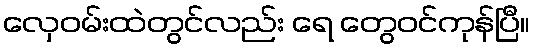
လှေဝမ်းထဲတွင်လည်း ရေ တွေဝင်ကုန်ပြီ။